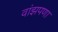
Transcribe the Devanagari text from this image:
वांझपणा